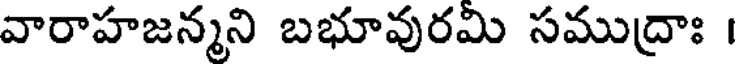
వారాహజన్మని బభూవురమి సముద్రాః ।